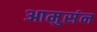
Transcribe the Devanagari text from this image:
आमुसंन